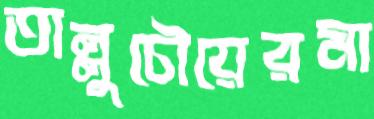
তাল্লুচৌয়েরমা